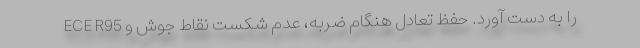
ECE R95 را به دست آورد. حفظ تعادل هنگام ضربه، عدم شکست نقاط جوش و